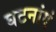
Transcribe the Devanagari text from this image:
घटनांएं